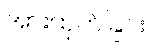
အားထုတ်ခြင်း